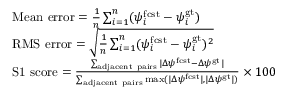
\begin{array} { r l } & { \mathrm { M e a n \ e r r o r } = \frac { 1 } { n } \sum _ { i = 1 } ^ { n } ( \psi _ { i } ^ { \mathrm { f c s t } } - \psi _ { i } ^ { \mathrm { g t } } ) } \\ & { \mathrm { R M S \ e r r o r } = \sqrt { \frac { 1 } { n } \sum _ { i = 1 } ^ { n } ( \psi _ { i } ^ { \mathrm { f c s t } } - \psi _ { i } ^ { \mathrm { g t } } ) ^ { 2 } } } \\ & { \mathrm { S 1 \ s c o r e } = \frac { \sum _ { \mathrm { a d j a c e n t \ p a i r s } } | \Delta \psi ^ { \mathrm { f c s t } } - \Delta \psi ^ { \mathrm { g t } } | } { \sum _ { \mathrm { a d j a c e n t \ p a i r s } } \operatorname* { m a x } ( | \Delta \psi ^ { \mathrm { f c s t } } | , | \Delta \psi ^ { \mathrm { g t } } | ) } \times 1 0 0 } \end{array}